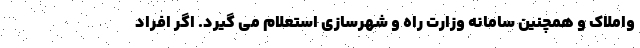
واملاک و همچنین سامانه وزارت راه و شهرسازی استعلام می گیرد. اگر افراد